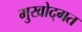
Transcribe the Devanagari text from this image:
मुखोद्गत